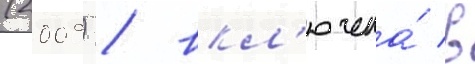
(2009) / вкл'ючена́ в